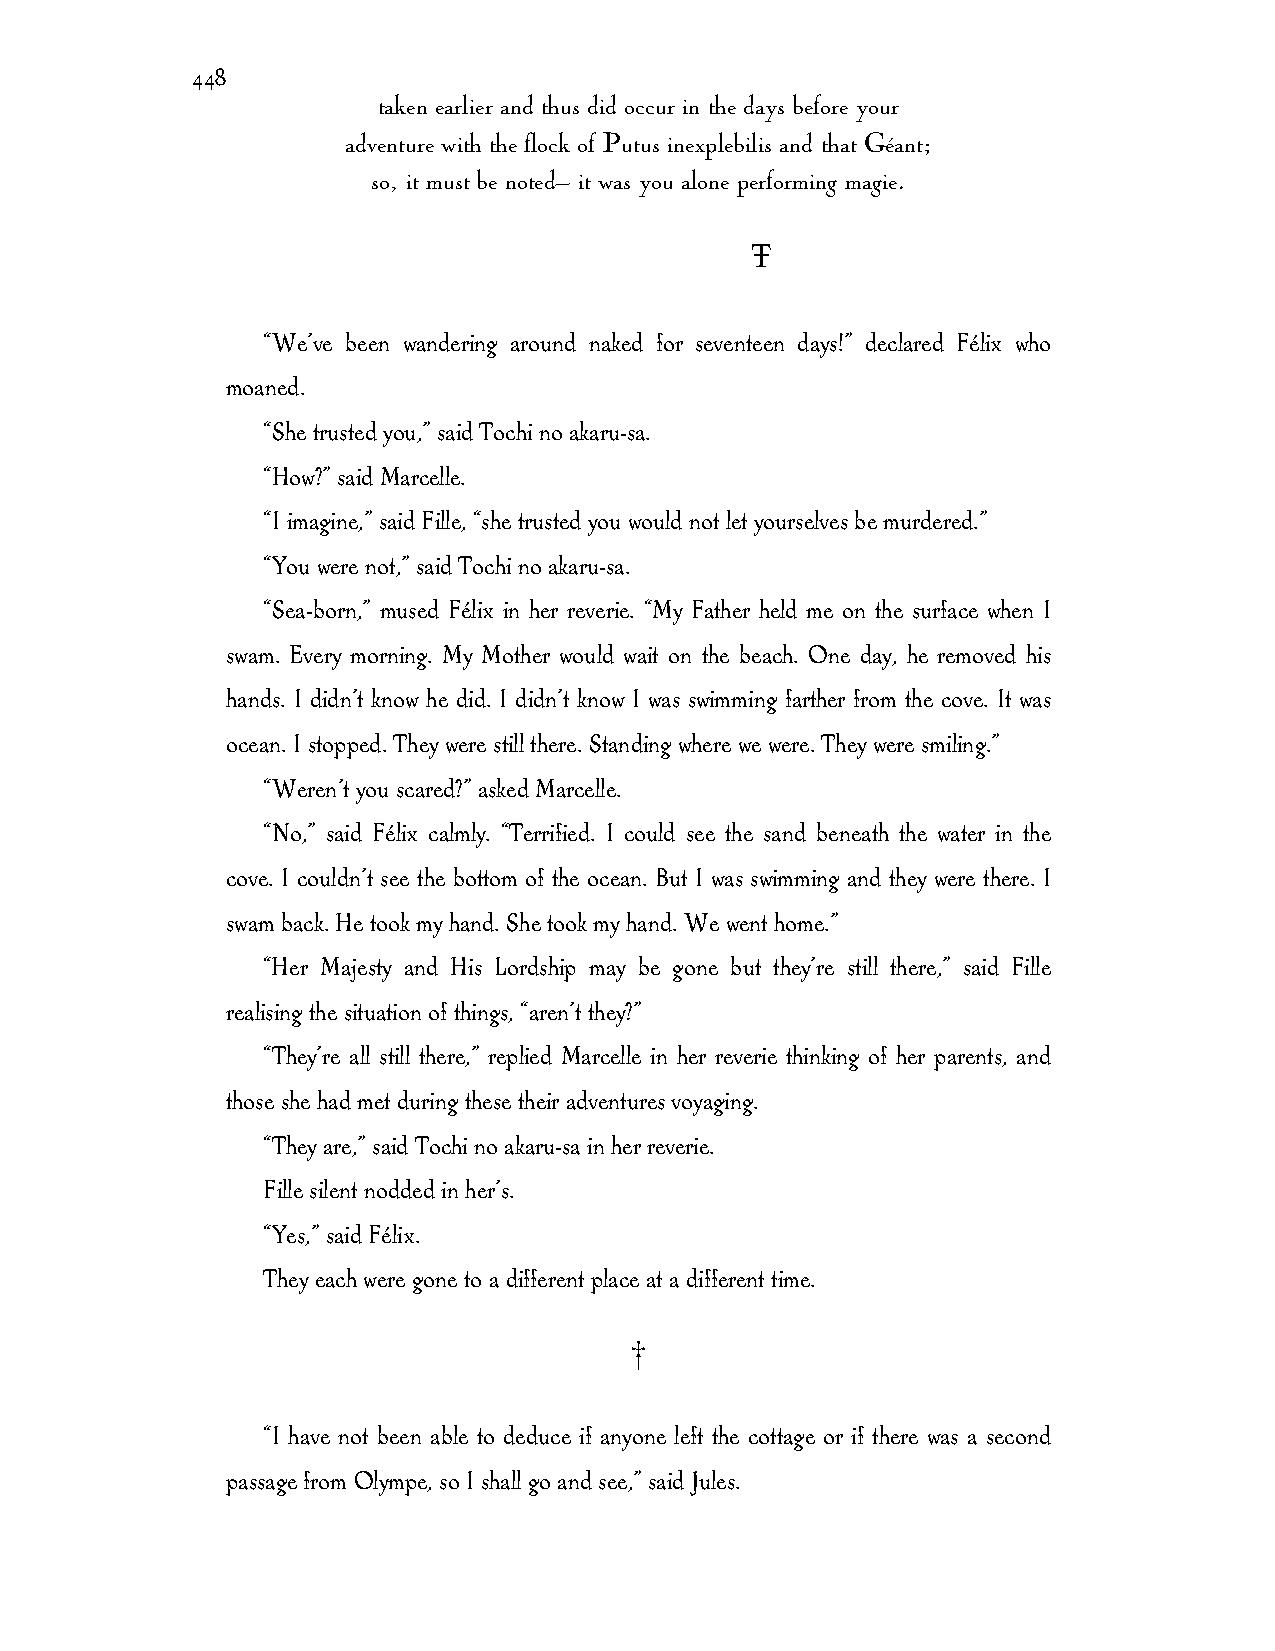
448
 taken earlier and thus did occur in the days before your
 adventure with the flock of Putus inexplebilis and that Géant;
 so, it must be noted— it was you alone performing magie.
 Ŧ
 “We’ve been wandering around naked for seventeen days!” declared Félix who
 moaned.
 “She trusted you,” said Tochi no akaru-sa.
 “How?” said Marcelle.
 “I imagine,” said Fille, “she trusted you would not let yourselves be murdered.”
 “You were not,” said Tochi no akaru-sa.
 “Sea-born,” mused Félix in her reverie. “My Father held me on the surface when I
 swam. Every morning. My Mother would wait on the beach. One day, he removed his
 hands. I didn’t know he did. I didn’t know I was swimming farther from the cove. It was
 ocean. I stopped. They were still there. Standing where we were. They were smiling.”
 “Weren’t you scared?” asked Marcelle.
 “No,” said Félix calmly. “Terrified. I could see the sand beneath the water in the
 cove. I couldn’t see the bottom of the ocean. But I was swimming and they were there. I
 swam back. He took my hand. She took my hand. We went home.”
 “Her Majesty and His Lordship may be gone but they’re still there,” said Fille
 realising the situation of things, “aren’t they?”
 “They’re all still there,” replied Marcelle in her reverie thinking of her parents, and
 those she had met during these their adventures voyaging.
 “They are,” said Tochi no akaru-sa in her reverie.
 Fille silent nodded in her’s.
 “Yes,” said Félix.
 They each were gone to a different place at a different time.
 †
 “I have not been able to deduce if anyone left the cottage or if there was a second
 passage from Olympe, so I shall go and see,” said Jules.